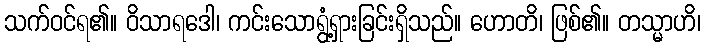
သက်ဝင်ရ၏။ ဝိသာရဒေါ၊ ကင်းသောရွံ့ရှားခြင်းရှိသည်။ ဟောတိ၊ ဖြစ်၏။ တသ္မာဟိ၊